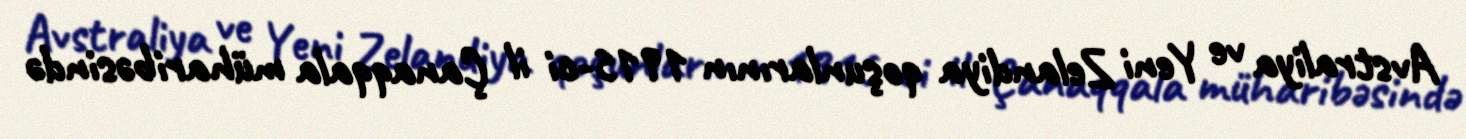
Avstraliya ve Yeni Zelandiya qoşunlarının 1915-ci il Çanaqqala müharibəsində